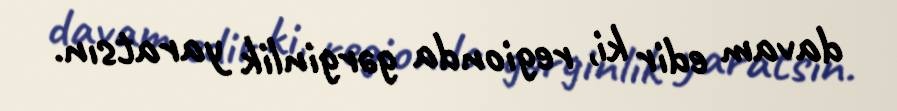
davam edir ki, regionda gərginlik yaratsın.